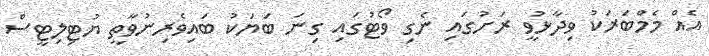
އެއް މެމްބަރަކު ވިދާޅުވީ ރަށުގައި ނެގި ވޯޓުގައި ގިނަ ބަޔަކު ބައިވެރިނުވާތީ ޔުޓިލިޓީސް